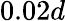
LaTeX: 0.02d